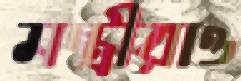
মন্ত্রীরাও